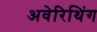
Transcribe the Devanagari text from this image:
अवेरिथिंग